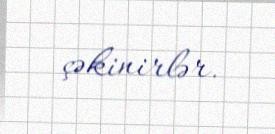
çəkinirlər.